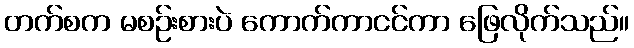
တက်စက မစဉ်းစားပဲ ကောက်ကာငင်ကာ ဖြေလိုက်သည်။